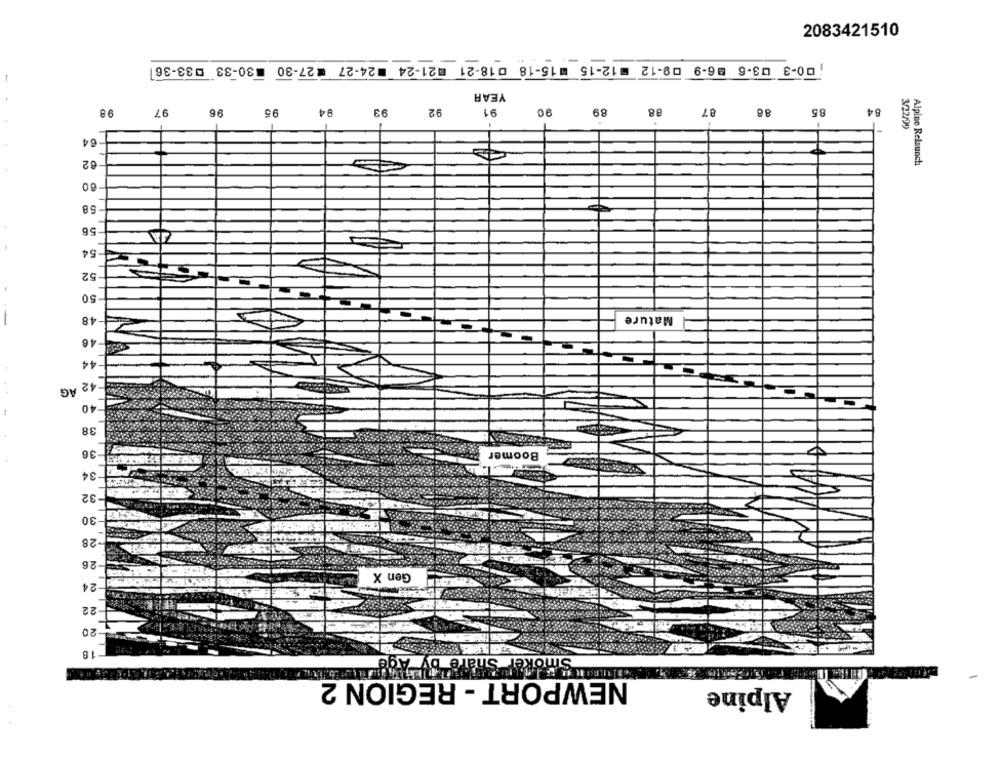
2083421510
¡00-3 03-6 96-9 09-12 -12-15 15-18 018-21 21-24 =24-27 =27-30 =30-33 -33-36
YEAR
98
97
96
95
94
93
92
91
90
89
88
87
86
85
84
3/22/99
64
62
Alpine Relaunch
80
58
56
54
52
50
48
Mature
-46
44
-42 AG
40
38
36
Boomer
34
9/122,2
32
30
-28
-26
Gen X
24
22
20
18
ter Share by Age
NEWPORT - REGION 2
Alpine